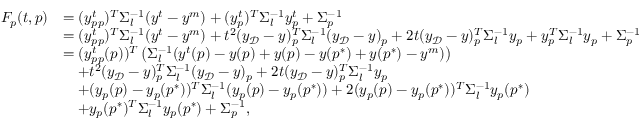
\begin{array} { r l } { F _ { p } ( t , p ) } & { = ( y _ { p p } ^ { t } ) ^ { T } \Sigma _ { l } ^ { - 1 } ( y ^ { t } - y ^ { m } ) + ( y _ { p } ^ { t } ) ^ { T } \Sigma _ { l } ^ { - 1 } y _ { p } ^ { t } + \Sigma _ { p } ^ { - 1 } } \\ & { = ( y _ { p p } ^ { t } ) ^ { T } \Sigma _ { l } ^ { - 1 } ( y ^ { t } - y ^ { m } ) + t ^ { 2 } ( y _ { \mathcal { D } } - y ) _ { p } ^ { T } \Sigma _ { l } ^ { - 1 } ( y _ { \mathcal { D } } - y ) _ { p } + 2 t ( y _ { \mathcal { D } } - y ) _ { p } ^ { T } \Sigma _ { l } ^ { - 1 } y _ { p } + y _ { p } ^ { T } \Sigma _ { l } ^ { - 1 } y _ { p } + \Sigma _ { p } ^ { - 1 } } \\ & { = ( y _ { p p } ^ { t } ( p ) ) ^ { T } \left( \Sigma _ { l } ^ { - 1 } ( y ^ { t } ( p ) - y ( p ) + y ( p ) - y ( p ^ { * } ) + y ( p ^ { * } ) - y ^ { m } ) \right) } \\ & { \quad + t ^ { 2 } ( y _ { \mathcal { D } } - y ) _ { p } ^ { T } \Sigma _ { l } ^ { - 1 } ( y _ { \mathcal { D } } - y ) _ { p } + 2 t ( y _ { \mathcal { D } } - y ) _ { p } ^ { T } \Sigma _ { l } ^ { - 1 } y _ { p } } \\ & { \quad + ( y _ { p } ( p ) - y _ { p } ( p ^ { * } ) ) ^ { T } \Sigma _ { l } ^ { - 1 } ( y _ { p } ( p ) - y _ { p } ( p ^ { * } ) ) + 2 ( y _ { p } ( p ) - y _ { p } ( p ^ { * } ) ) ^ { T } \Sigma _ { l } ^ { - 1 } y _ { p } ( p ^ { * } ) } \\ & { \quad + y _ { p } ( p ^ { * } ) ^ { T } \Sigma _ { l } ^ { - 1 } y _ { p } ( p ^ { * } ) + \Sigma _ { p } ^ { - 1 } , } \end{array}